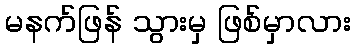
မနက်ဖြန် သွားမှ ဖြစ်မှာလား